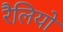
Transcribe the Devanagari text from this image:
रैलियो